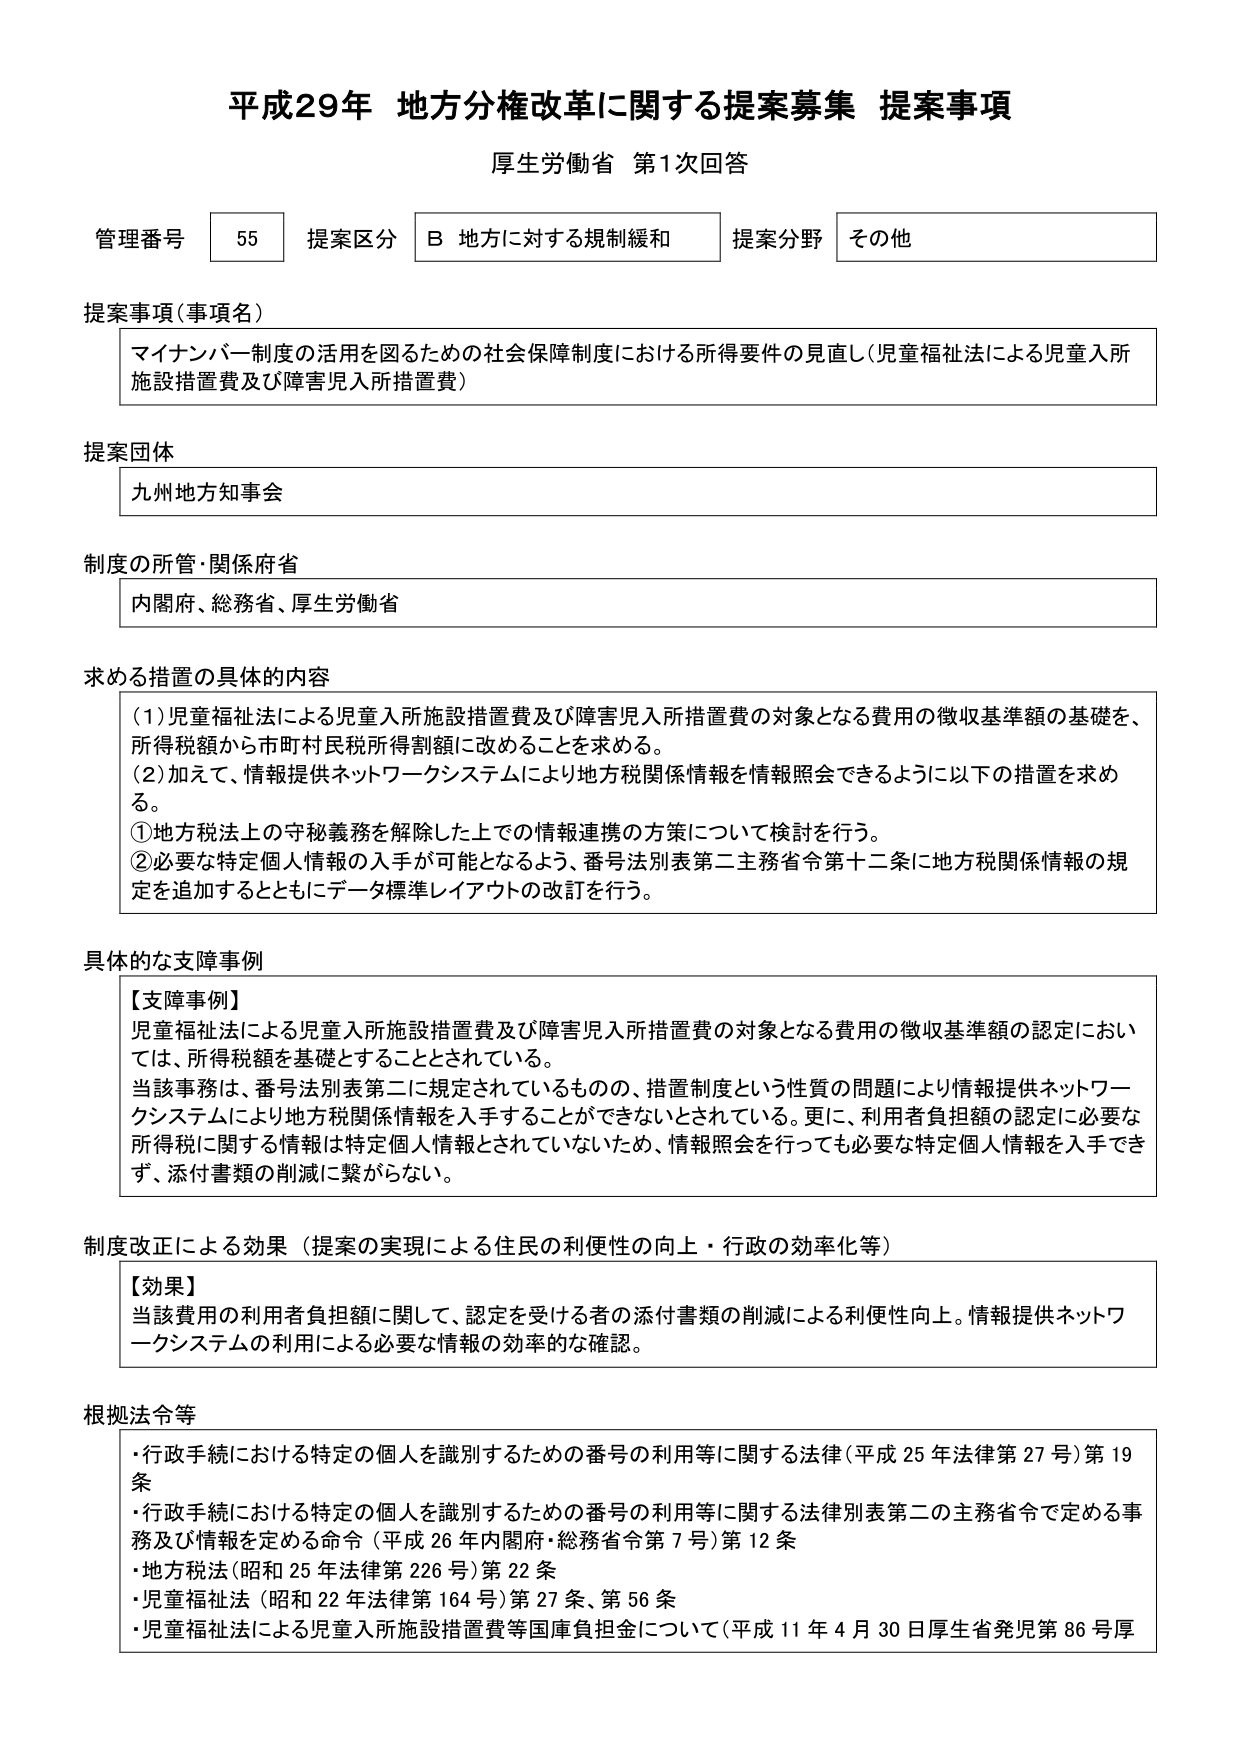
平成29年 地方分権改革に関する提案募集 提案事項
厚生労働省 第1次回答

管理番号 55 提案区分 B 地方に対する規制緩和 提案分野 その他

提案事項（事項名）
マイナンバー制度の活用を図るための社会保障制度における所得要件の見直し（児童福祉法による児童入所施設措置費及び障害児入所措置費）

提案団体
九州地方知事会

制度の所管・関係府省
内閣府、総務省、厚生労働省

求める措置の具体的内容
（1）児童福祉法による児童入所施設措置費及び障害児入所措置費の対象となる費用の徴収基準額の基礎を、所得税額から市町村民税所得割額に改めることを求める。
（2）加えて、情報提供ネットワークシステムにより地方税関係情報を情報照会できるように以下の措置を求める。
①地方税法上の守秘義務を解除した上での情報連携の方策について検討を行う。
②必要な特定個人情報の入手が可能となるよう、番号法別表第二主務省令第十二条に地方税関係情報の規定を追加するとともにデータ標準レイアウトの改訂を行う。

具体的な支障事例
【支障事例】
児童福祉法による児童入所施設措置費及び障害児入所措置費の対象となる費用の徴収基準額の認定においては、所得税額を基礎とすることとされている。
当該事務は、番号法別表第二に規定されているものの、措置制度という性質の問題により情報提供ネットワークシステムにより地方税関係情報を入手することができないとされている。更に、利用者負担額の認定に必要な所得税に関する情報は特定個人情報とされていないため、情報照会を行っても必要な特定個人情報を入手できず、添付書類の削減に繋がらない。

制度改正による効果（提案の実現による住民の利便性の向上・行政の効率化等）
【効果】
当該費用の利用者負担額に関して、認定を受ける者の添付書類の削減による利便性向上。情報提供ネットワークシステムの利用による必要な情報の効率的な確認。

根拠法令等
・行政手続における特定の個人を識別するための番号の利用等に関する法律（平成25年法律第27号）第19条
・行政手続における特定の個人を識別するための番号の利用等に関する法律別表第二の主務省令で定める事務及び情報を定める命令（平成26年内閣府・総務省令第7号）第12条
・地方税法（昭和25年法律第226号）第22条
・児童福祉法（昭和22年法律第164号）第27条、第56条
・児童福祉法による児童入所施設措置費等国庫負担金について（平成11年4月30日厚生省発児第86号厚）